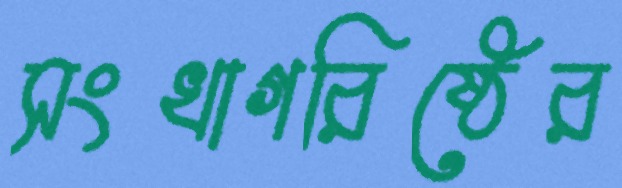
সংখাগরিষ্ঠের